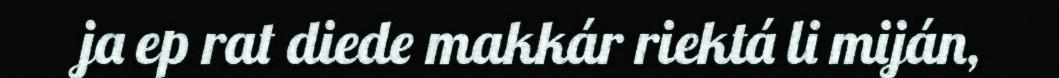
ja ep rat diede makkár riektá li miján,